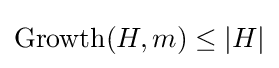
\operatorname {Growth} (H,m)\leq |H|